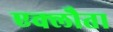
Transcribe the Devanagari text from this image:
एक्लौता